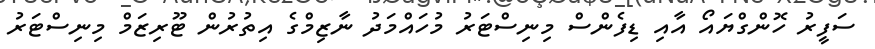
ސަފީރު ހޮންގްޔައޯ އާއި ޑިފެންސް މިނިސްޓަރު މުހައްމަދު ނާޒިމްގެ އިތުރުން ޓޫރިޒަމް މިނިސްޓަރު